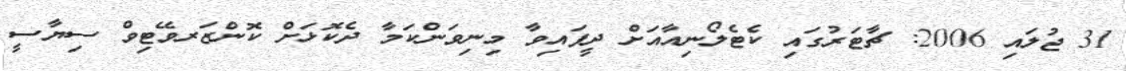
31 ޖުލައި 2006: ޗާޓަރުގައި ކެޓެލޯނިއާއަށް ދީފައިވާ މިނިވަންކަމާ ދެކޮޅަށް ކޮންޒަރވޭޓިވް ސިޔާސީ